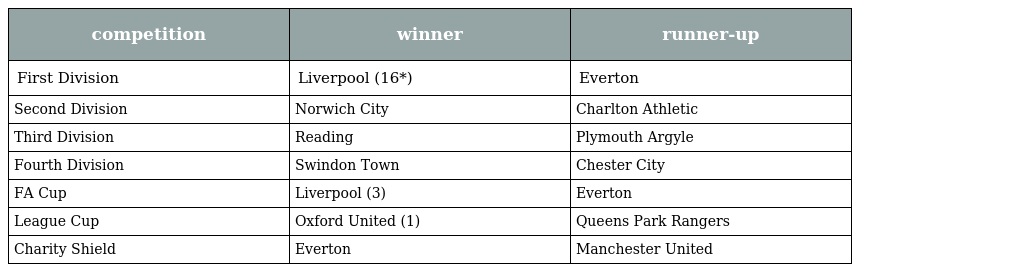
| competition | winner | runner-up |
 | --- | --- | --- |
 | First Division | Liverpool (16*) | Everton |
 | Second Division | Norwich City | Charlton Athletic |
 | Third Division | Reading | Plymouth Argyle |
 | Fourth Division | Swindon Town | Chester City |
 | FA Cup | Liverpool (3) | Everton |
 | League Cup | Oxford United (1) | Queens Park Rangers |
 | Charity Shield | Everton | Manchester United |